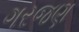
ગરજણ